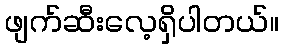
ဖျက်ဆီးလေ့ရှိပါတယ်။